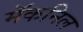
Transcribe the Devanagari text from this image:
मॅकनिल